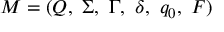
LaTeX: M = ( Q , \ \Sigma , \ \Gamma , \ \delta , \ q _ { 0 } , \ F )